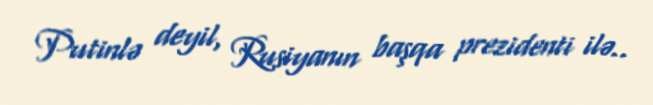
Putinlə deyil, Rusiyanın başqa prezidenti ilə..